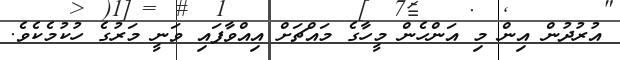
އުރުދުން އިން މި އަންހެން މީހާގެ މައްޗަށް އިއްވާފައި ވަނީ މަރުގެ ހުކުމެކެވެ.